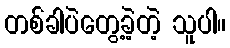
တစ်ခါပဲတွေ့ခဲ့တဲ့ သူပါ။